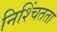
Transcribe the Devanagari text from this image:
निश्चिंतता